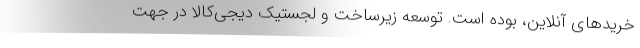
خریدهای آنلاین،‌ بوده است. توسعه زیرساخت و لجستیک دیجی‌کالا در جهت